65_HS1-834228961_62-HQ-83894_Section_4
Agency: FBI
Page 137
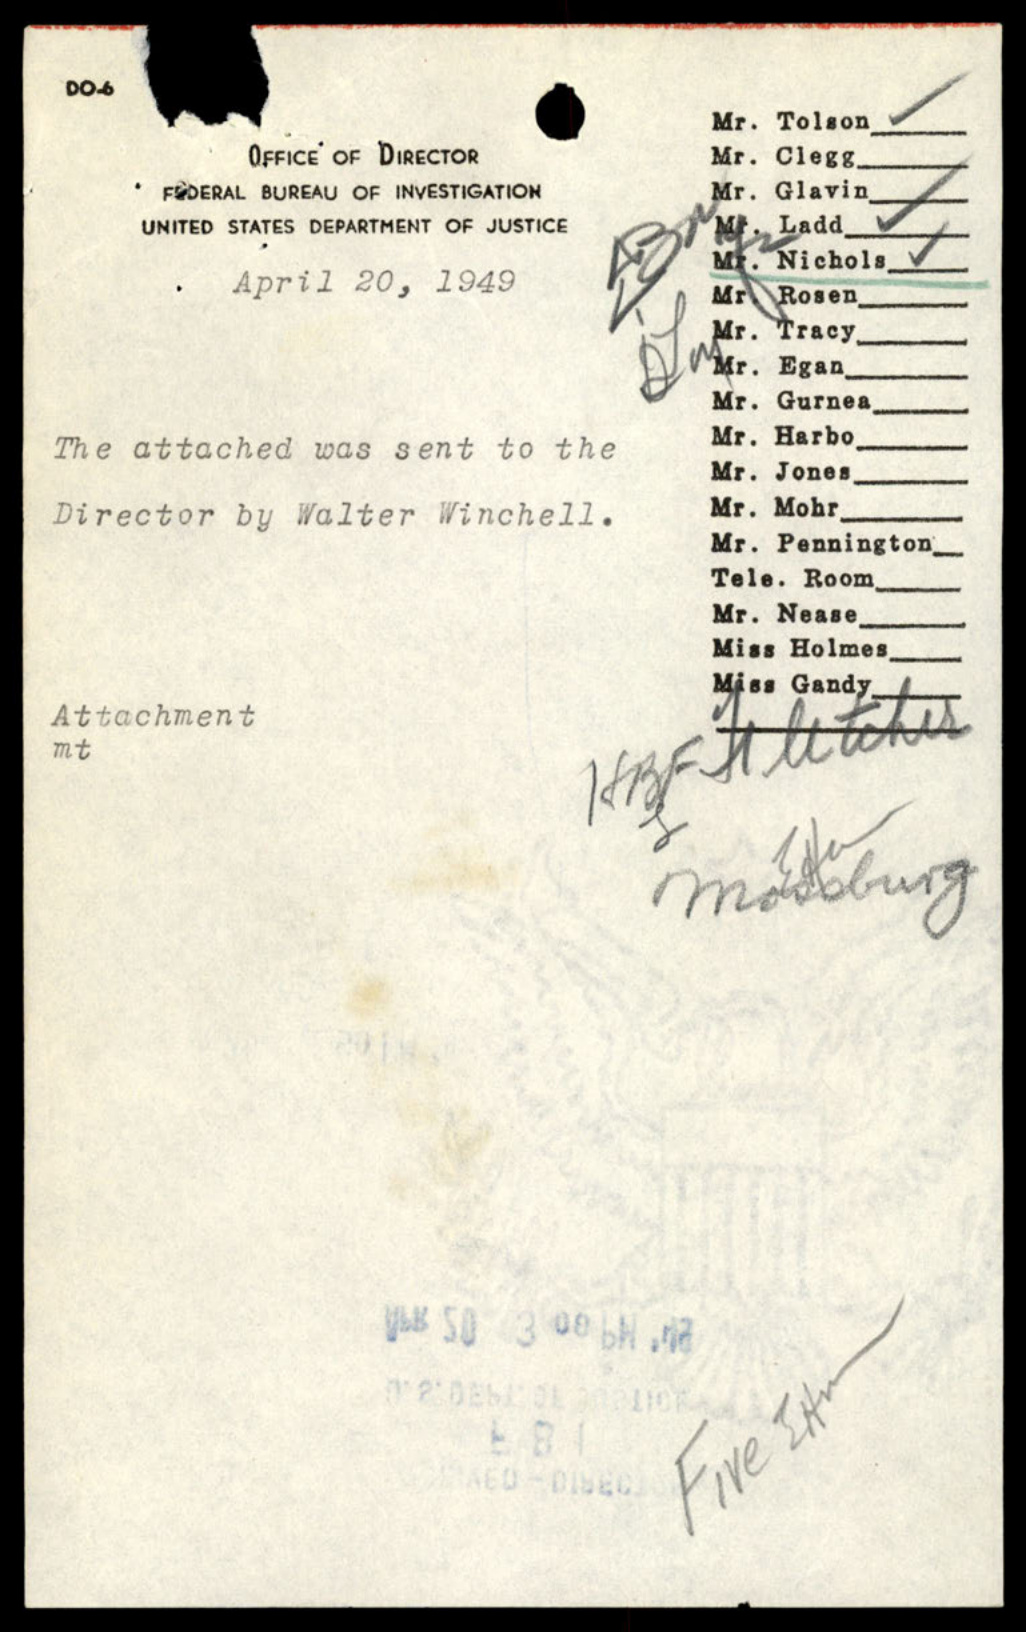